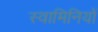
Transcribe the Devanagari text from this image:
स्वामिनियों